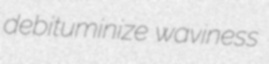
debituminize waviness